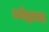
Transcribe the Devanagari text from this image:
ज्येष्ठाचा